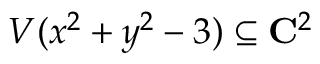
V ( x ^ { 2 } + y ^ { 2 } - 3 ) \subseteq \mathbf { C } ^ { 2 }